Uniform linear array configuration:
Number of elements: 16
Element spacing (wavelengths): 0.25
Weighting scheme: binomial
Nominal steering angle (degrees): -30
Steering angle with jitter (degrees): -29.766
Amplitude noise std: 0.05
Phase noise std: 0.05

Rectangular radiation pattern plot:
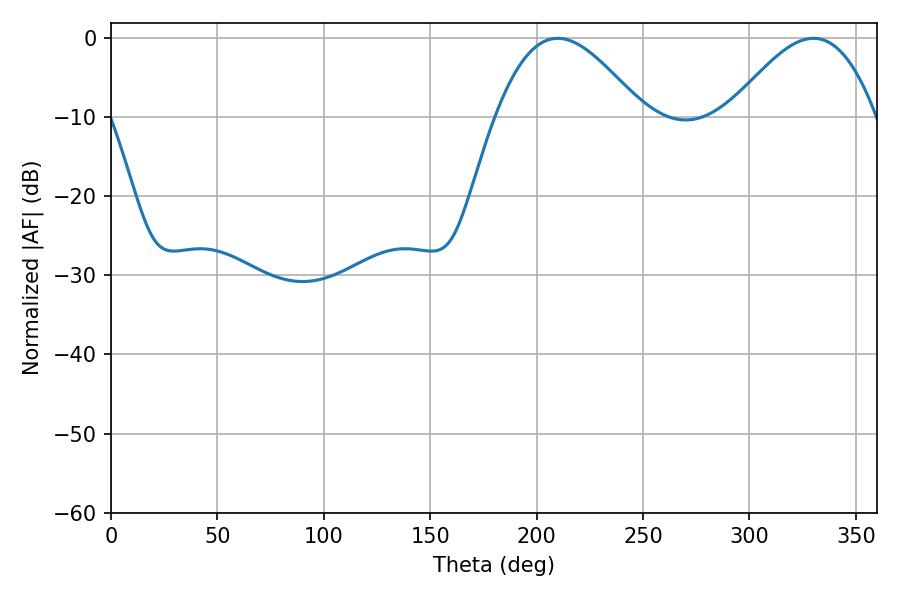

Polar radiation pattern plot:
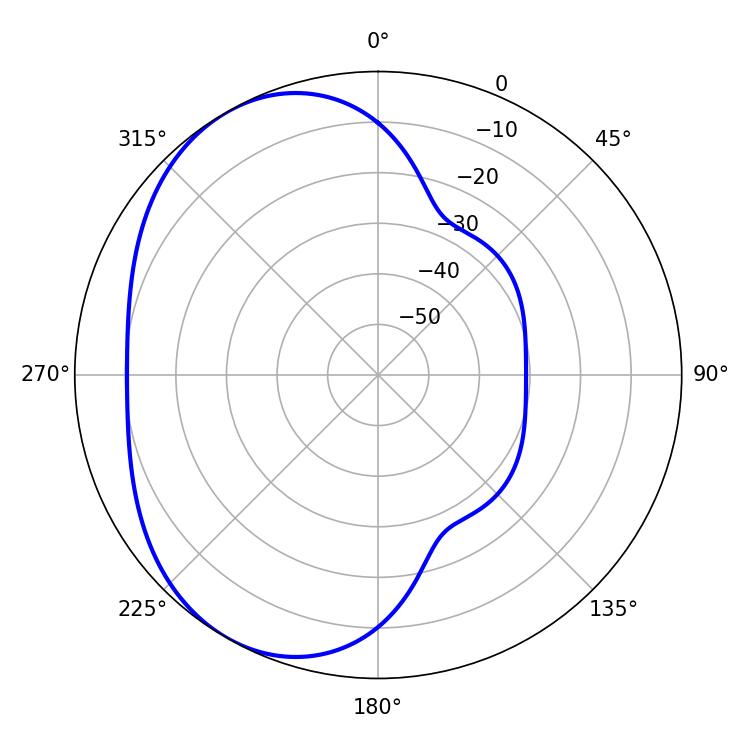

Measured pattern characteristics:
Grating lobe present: FALSE
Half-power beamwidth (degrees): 37.26
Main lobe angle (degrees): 209.88